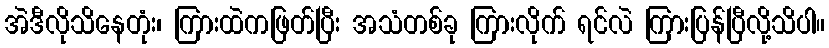
အဲဒီလိုသိနေတုံး၊ ကြားထဲကဖြတ်ပြီး အသံတစ်ခု ကြားလိုက် ရင်လဲ ကြားပြန်ပြီလို့သိပါ။